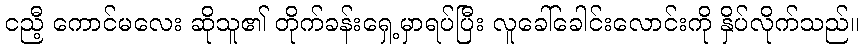
ငညီ့ ကောင်မလေး ဆိုသူ၏ တိုက်ခန်းရှေ့မှာရပ်ပြီး လူခေါ်ခေါင်းလောင်းကို နှိပ်လိုက်သည်။